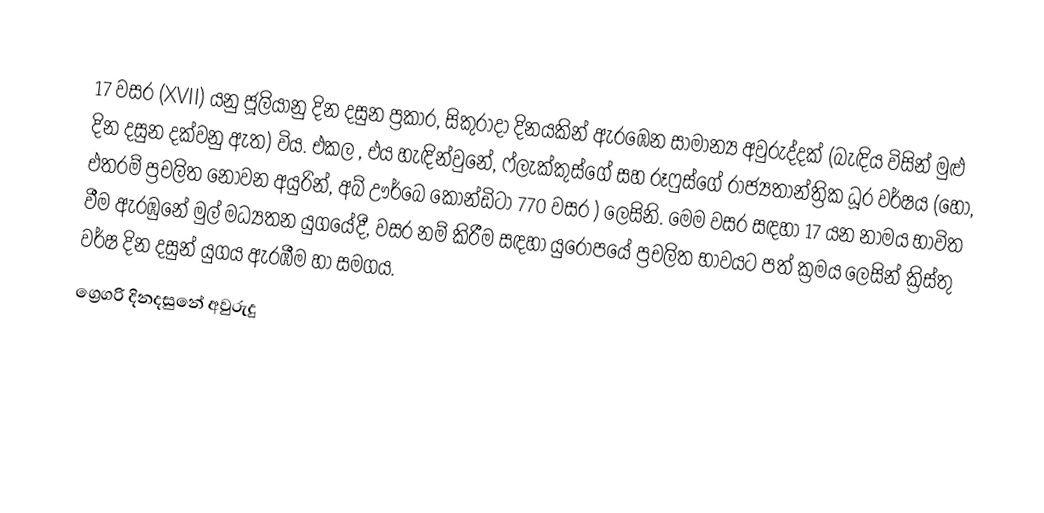

17 වසර (XVII) යනු ජූලියානු දින දසුන ප්‍රකාර,   සිකුරාදා දිනයකින් ඇරඹෙන සාමාන්‍ය අවුරුද්දක් (බැඳිය විසින් මුළු දින දසුන දක්වනු ඇත) විය. එකල ,  එය හැඳින්වුනේ,  ෆ්ලැක්කුස්ගේ සහ  රූෆුස්ගේ රාජ්‍යතාන්ත්‍රික  ධූර වර්ෂය (හෝ, එතරම් ප්‍රචලිත නොවන අයුරින්,  අබ් ඌර්බෙ කෝන්ඩිටා 770 වසර  ) ලෙසිනි. මෙම වසර සඳහා 17 යන නාමය භාවිත වීම ඇරඹුනේ මුල් මධ්‍යතන යුගයේදී, වසර නම් කිරීම සඳහා යුරෝපයේ ප්‍රචලිත භාවයට පත් ක්‍රමය ලෙසින් ක්‍රිස්තු වර්ෂ දින දසුන් යුගය ඇරඹීම හා සමගය.
ග්‍රෙගරි දිනදසුනේ අවුරුදු